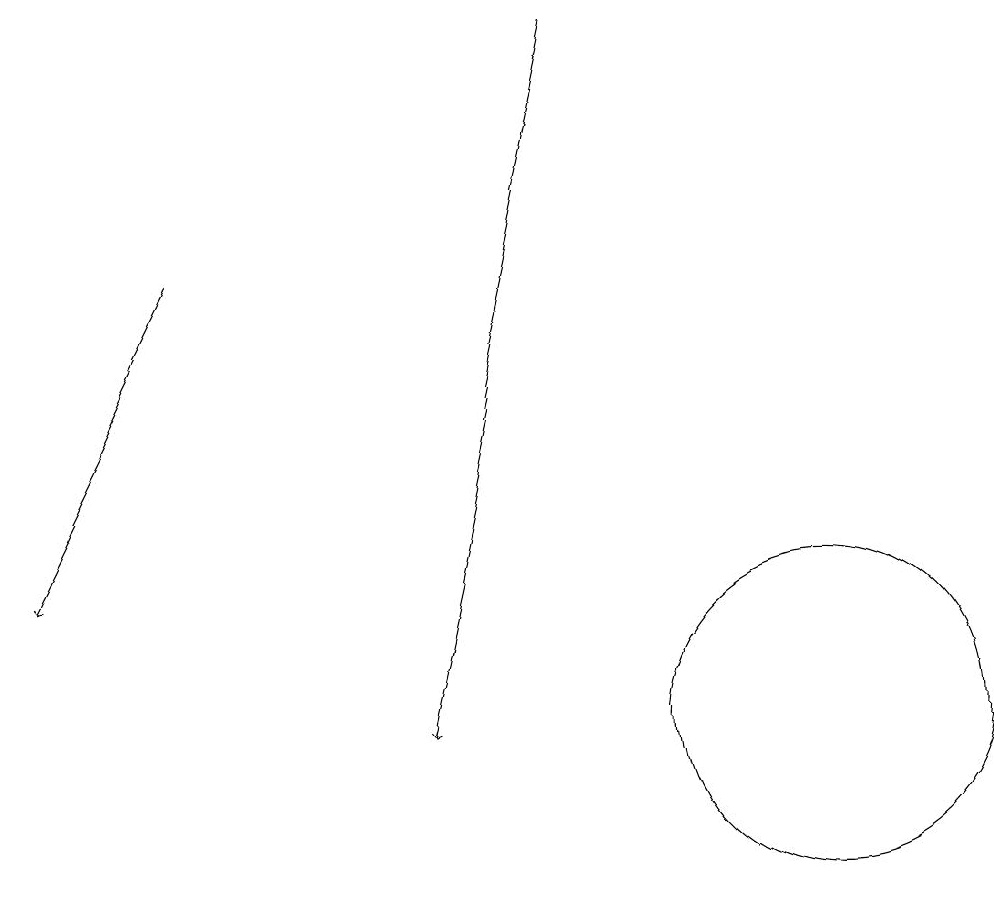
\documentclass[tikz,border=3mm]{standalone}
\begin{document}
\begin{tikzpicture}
\draw[->] (2,16) -- (0,12);
\draw (10,10) circle (2);
\draw[->] (7,19) -- (5,10);
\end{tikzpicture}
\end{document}